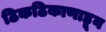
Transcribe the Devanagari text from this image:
ठिकठिकाणाहून